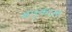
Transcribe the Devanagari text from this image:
अनुकाल